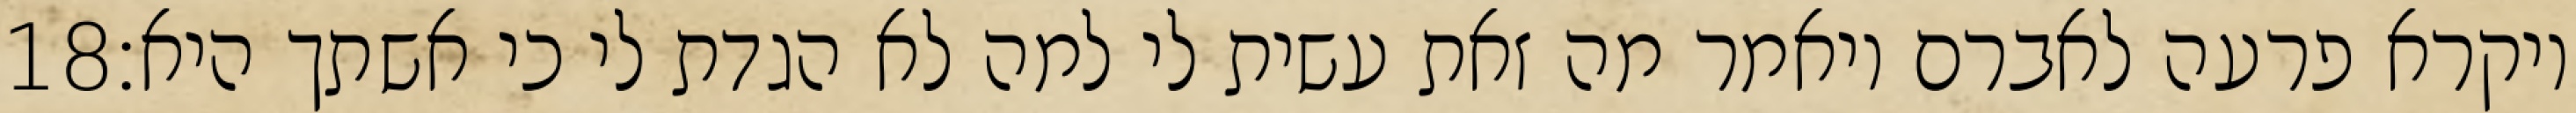
‎18‏ ויקרא פרעה לאברם ויאמר מה זאת עשית לי למה לא הגדת לי כי אשתך היא׃